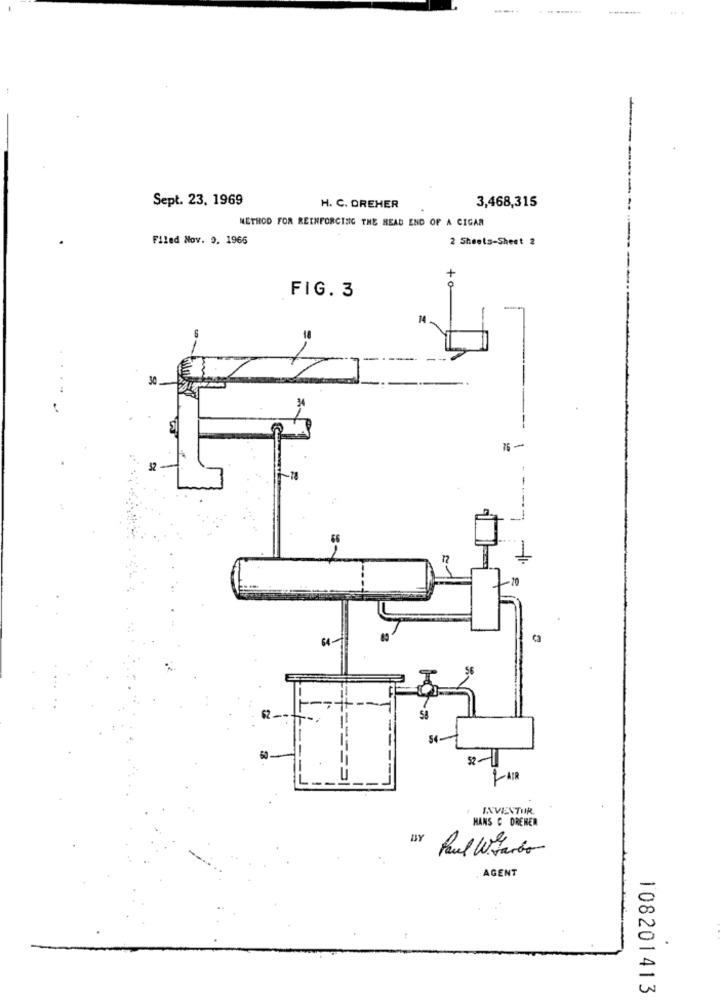
...
Sept. 23. 1969
H. C. DREHER
3,468,315
METHOD FOR REINFORCING THE HEAD END OF A CIGAR
Filed Nov. 9. 1966
2 Sheets-Sheet 2
FIG. 3
14
32
52-
INVENTUR.
HANS C DREHER
BY Paul Wirando
AGENT
108201413